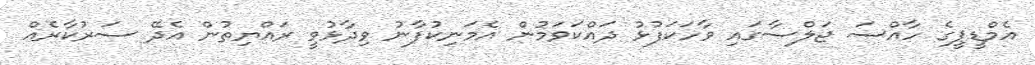
އެމްޑީޕީގެ ހާއްސަ ޖަލްސާގައި ވާހަކަފުޅު ދައްކަވަމުން އެމަނިކުފާނު ވިދާޅުވީ ރައްޔިތުން އެދޭ ސަރުކާރެއް